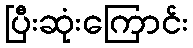
ပြီးဆုံးကြောင်း